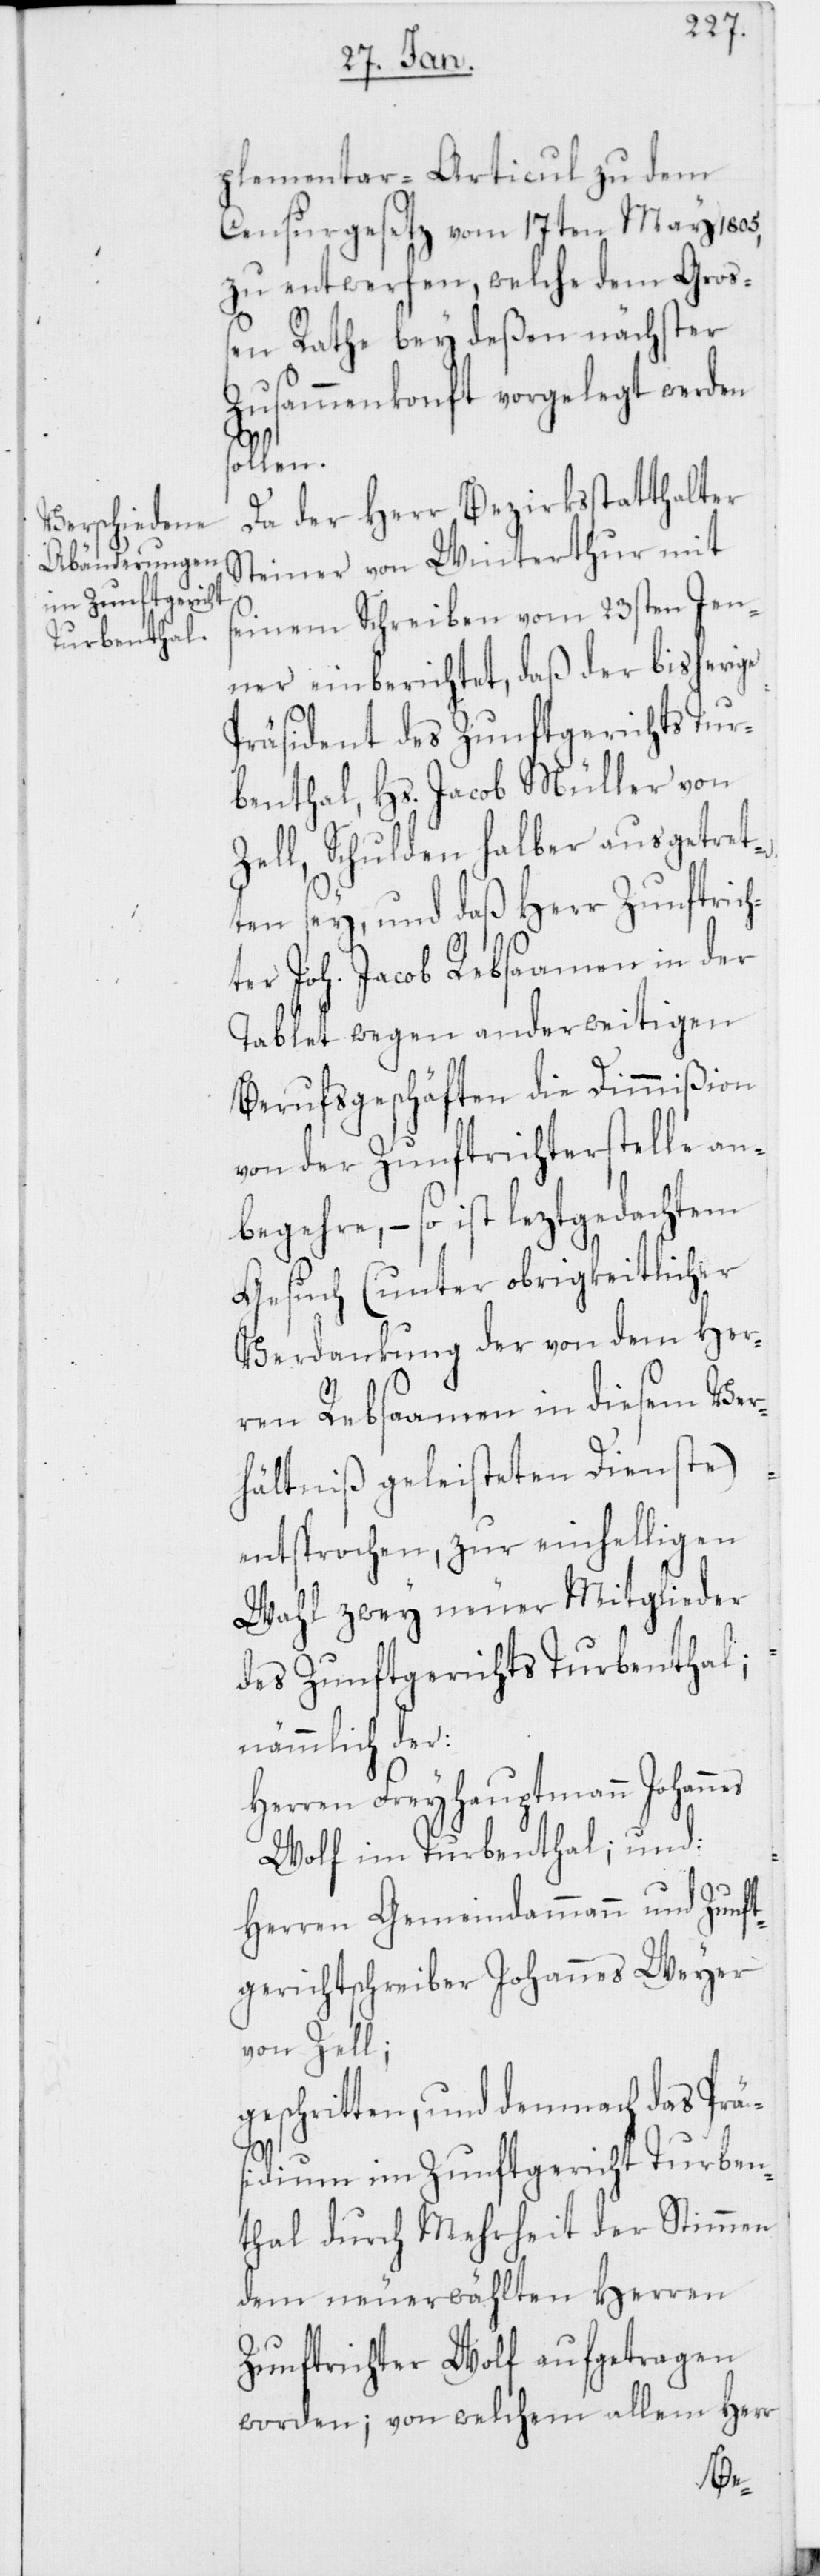
plementar-Articul zu dem
Censurgesetz vom 17ten May 1805,
zu entwerfen, welche dem Groß¬
en Rathe bey deßen nächster
Zusammenkonft vorgelegt werden
sollen.
Da der Herr Bezirksstatthalter
Steiner von Winterthur mit
seinem Schreiben vom 23sten Jen¬
ner einberichtet, daß der bisherige
Präsident des Zunftgerichts Tur¬
benthal, Hs. Jacob Müller von
Zell, Schulden halber ausgetret¬
ten sey, und daß Herr Zunftrich¬
ter Joh. Jacob Rebsaamen in der
Tablet wegen anderweitigen
Berufsgeschäften die Dimmißion
von der Zunftrichterstelle an¬
begehre, – so ist leztgedachtem
Gesuch (unter obrigkeitlicher
Verdankung der von dem Her¬
ren Rebsaamen in diesem Ver¬
hältniß geleisteten Dienste)
entsprochen, zur einhelligen
Wahl zwey neuer Mitglieder
des Zunftgerichts Turbenthal;
nämmlich der:
Herren Freyhauptmann Johann¬
Wolf im Turbenthal; und:
Herren Gemeindammann und Zunft¬
gerichtschreiber Johannes Weyer
von Zell;
geschritten, und demnach das Prä¬
sidium im Zunftgericht Turben¬
thal durch Mehrheit der Stimmen
dem neuerwählten Herren
Zunftrichter Wolf aufgetragen
worden; von welchem allem Herr

es